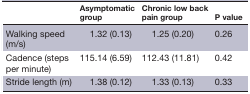
<table><thead><tr><td></td><td><b>Asymptomatic group</b></td><td><b>Chronic low back pain group</b></td><td><b>P value</b></td></tr></thead><tbody><tr><td>Walking speed (m/s)</td><td>1.32 (0.13)</td><td>1.25 (0.20)</td><td>0.26</td></tr><tr><td>Cadence (steps per minute)</td><td>115.14 (6.59)</td><td>112.43 (11.81)</td><td>0.42</td></tr><tr><td>Stride length (m)</td><td>1.38 (0.12)</td><td>1.33 (0.13)</td><td>0.33</td></tr></tbody></table>